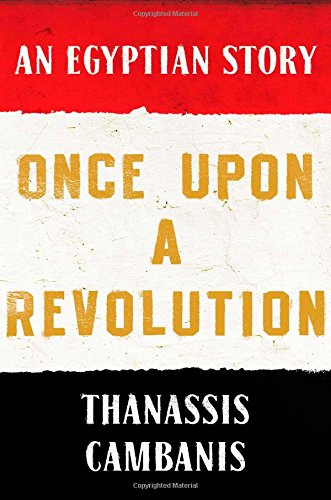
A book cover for Once Upon A Revolution: An Egyptian Story; Thanassis Cambanis; History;